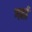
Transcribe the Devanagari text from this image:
गर्हा